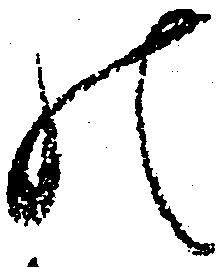
の